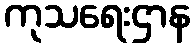
ကုသရေးဌာန